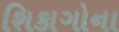
શિકાગોના